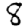
Digit: 8